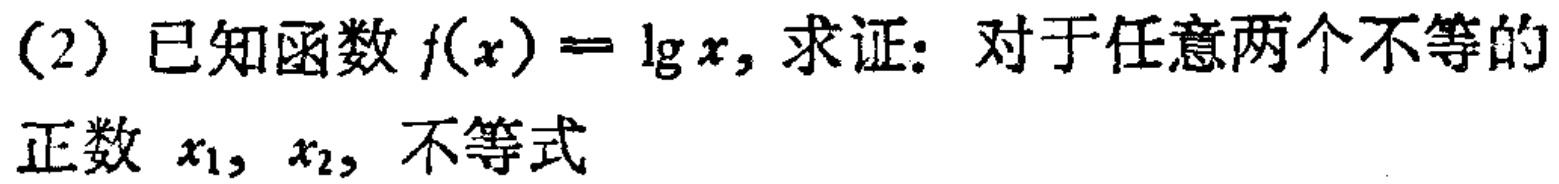
(2) 已知函数\(f(x)=\lg x\)，求证：对于任意两个不等的正数\(x_{1},x_{2}\)，不等式